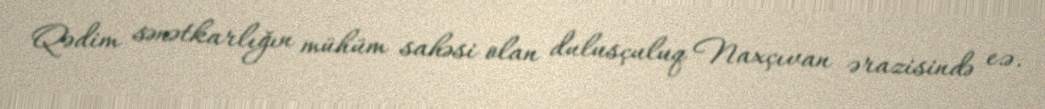
Qədim sənətkarlığın mühüm sahəsi olan dulusçuluq Naxçıvan ərazisində e.ə.